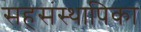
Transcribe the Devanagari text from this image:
सहसंस्थापिका